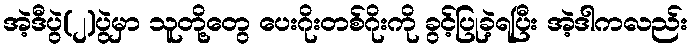
အဲ့ဒီပွဲ(၂)ပွဲမှာ သူတို့တွေ ပေးဂိုးတစ်ဂိုးကို ခွင့်ပြုခဲ့ရပြီး အဲ့ဒါကလည်း